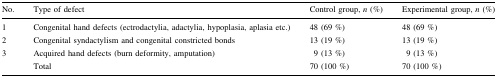
<table><thead><tr><td><b>No.</b></td><td><b>Type of defect</b></td><td><b>Control group, <i>n</i> (%)</b></td><td><b>Experimental group, <i>n</i> (%)</b></td></tr></thead><tbody><tr><td>1</td><td>Congenital hand defects (ectrodactylia, adactylia, hypoplasia, aplasia etc.)</td><td>48 (69 %)</td><td>48 (69 %)</td></tr><tr><td>2</td><td>Congenital syndactylism and congenital constricted bonds</td><td>13 (19 %)</td><td>13 (19 %)</td></tr><tr><td>3</td><td>Acquired hand defects (burn deformity, amputation)</td><td>9 (13 %)</td><td>9 (13 %)</td></tr><tr><td></td><td>Total</td><td>70 (100 %)</td><td>70 (100 %)</td></tr></tbody></table>